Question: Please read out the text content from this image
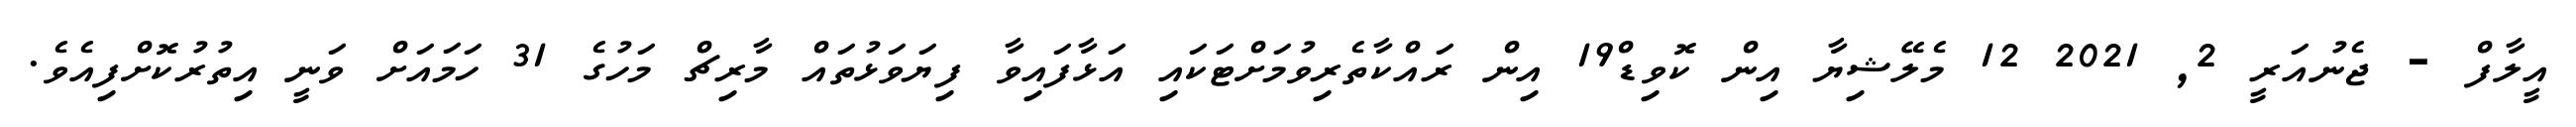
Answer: އީލާފް - ޖެނުއަރީ 2, 2021 12 މެލޭޝިޔާ އިން ކޮވިޑް19 އިން ރައްކާތެރިވުމަށްޓަކައި އަޅާފައިވާ ފިޔަވަޅުތައް މާރިޗް މަހުގެ 31 ހަމައަށް ވަނީ އިތުރުކޮށްފިއެވެ.